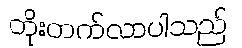
တိုးတက်လာပါသည်